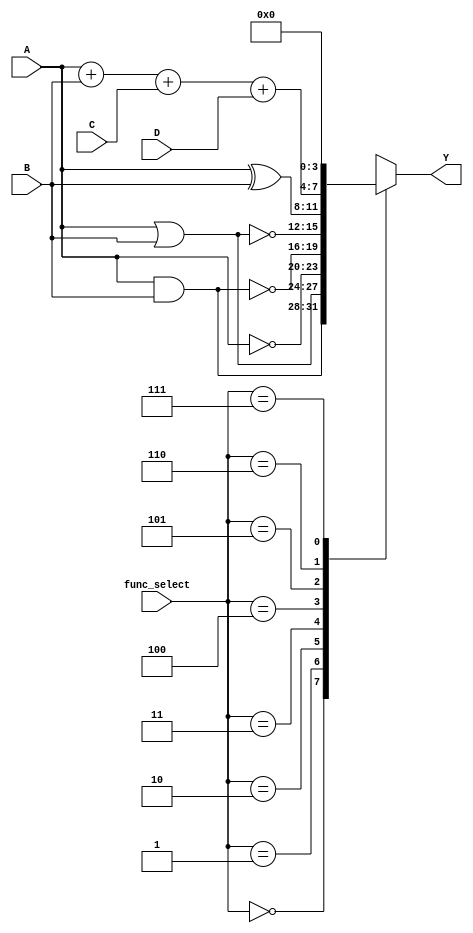
module combinational_logic_block #(
    parameter N = 4, // Number of input bits
    parameter M = 4  // Number of output bits
) (
    input  wire [N-1:0] A, // Input A
    input  wire [N-1:0] B, // Input B
    input  wire [N-1:0] C, // Input C (optional for more complex logic)
    input  wire [N-1:0] D, // Input D (optional for more complex logic)
    input  wire [2:0] func_select, // Function selector
    output reg  [M-1:0] Y // Output Y
);

    // Function Select Encoding
    // 000: AND
    // 001: OR
    // 010: NOT (applied to A)
    // 011: NAND
    // 100: NOR
    // 101: XOR
    // 110: Custom Logic (Example: A + B + C + D)
    // 111: Default (0)

    always @(*) begin
        case (func_select)
            3'b000: Y = A & B;                     // AND
            3'b001: Y = A | B;                     // OR
            3'b010: Y = ~A;                        // NOT
            3'b011: Y = ~(A & B);                  // NAND
            3'b100: Y = ~(A | B);                  // NOR
            3'b101: Y = A ^ B;                     // XOR
            3'b110: Y = A + B + C + D;             // Custom Logic (Example)
            3'b111: Y = {M{1'b0}};                  // Default case (0)
            default: Y = {M{1'b0}};                 // Safety default
        endcase
    end

endmodule